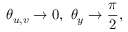
\theta _ { u , v } \rightarrow 0 , \ \theta _ { y } \rightarrow { \frac { \pi } { 2 } } ,